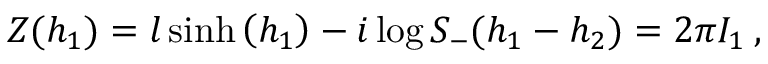
Z ( h _ { 1 } ) = l \sinh \left( h _ { 1 } \right) - i \log S _ { - } ( h _ { 1 } - h _ { 2 } ) = 2 \pi I _ { 1 } \: ,